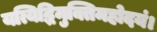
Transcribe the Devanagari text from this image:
यत्यिद्धिमुक्तिमहोदयं।